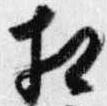
相